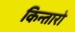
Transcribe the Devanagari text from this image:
किन्तारो